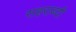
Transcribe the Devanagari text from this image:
सहराब्दी